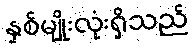
နှစ်မျိုးလုံးရှိသည်